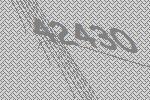
42430